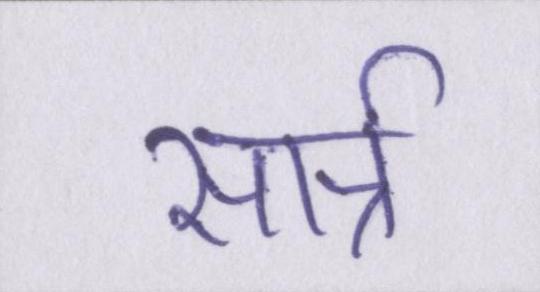
सार्त्र